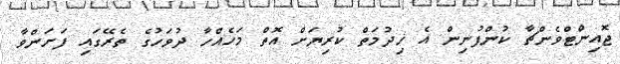
ޖޮއިންޓްވެންޗާ ކުންފުނިން އެ ޚިދުމަތް ކުރިޔަށް އޮތް މަހެއްހާ ދުވަހުގެ ތެރޭގައި ފަށަންވާ